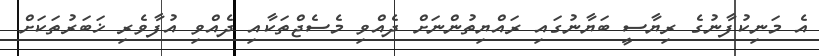
އެ މަނިކުފާނުގެ ރިޔާސީ ބަޔާނުގައި ރައްޔިތުންނަށް ދެއްވި މެސެޖްތަކާއި ދެއްވި އުފާވެރި ޚަބަރުތަކަށް